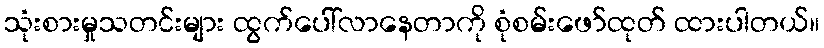
သုံးစားမှုသတင်းများ ထွက်ပေါ်လာနေတာကို စုံစမ်းဖော်ထုတ် ထားပါတယ်။